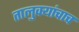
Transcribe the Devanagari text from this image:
तालुक्यांचाच